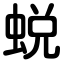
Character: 蜕